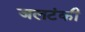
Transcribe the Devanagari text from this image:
जलटंकी